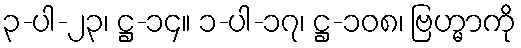
၃-ပါ-၂၃၊ ဋ္ဌ-၁၄။ ၁-ပါ-၁၇၊ ဋ္ဌ-၁၀၈၊ ဗြဟ္မာကို